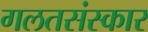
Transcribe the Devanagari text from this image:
गलतसंस्कार